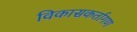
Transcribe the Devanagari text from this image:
विकासकर्तागण